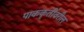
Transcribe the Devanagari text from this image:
पाककृतींवरील